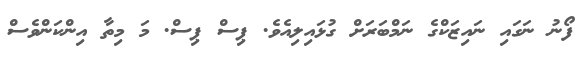
ފޯނު ނަގައި ނައިޒަކްގެ ނަމްބަރަށް ގުޅައިލިއެވެ. ޕިސް ޕިސް. މަ މިތާ އިންކަންވެސް